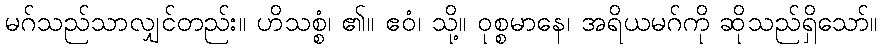
မဂ်သည်သာလျှင်တည်း။ ဟိသစ္စံ၊ ၏။ ဧဝံ၊ သို့။ ဝုစ္စမာနေ၊ အရိယမဂ်ကို ဆိုသည်ရှိသော်။